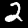
Digit: 2